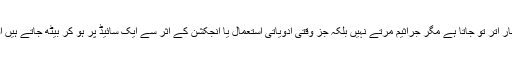
بہ صورت دگر جز وقتی اقدامات سے بخار اتر تو جاتا ہے مگر جراثیم مرتے نہیں بلکہ جز وقتی ادویاتی استعمال یا انجکشن کے اثر سے ایک سائیڈ پر ہو کر بیٹھ جاتے ہیں اور موسم آتے ہی پلٹ کر وار کرتے ہیں۔